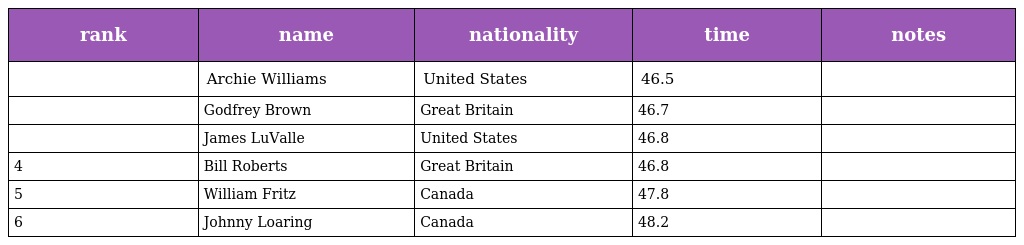
| rank | name | nationality | time | notes |
 | --- | --- | --- | --- | --- |
 |  | Archie Williams | United States | 46.5 |  |
 |  | Godfrey Brown | Great Britain | 46.7 |  |
 |  | James LuValle | United States | 46.8 |  |
 | 4 | Bill Roberts | Great Britain | 46.8 |  |
 | 5 | William Fritz | Canada | 47.8 |  |
 | 6 | Johnny Loaring | Canada | 48.2 |  |